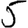
Digit: 5